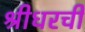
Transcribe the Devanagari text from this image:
श्रीधरची